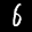
Label: 6